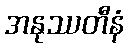
အနုဿတီနံ